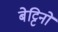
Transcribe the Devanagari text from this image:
बेट्टिनो